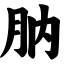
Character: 肭